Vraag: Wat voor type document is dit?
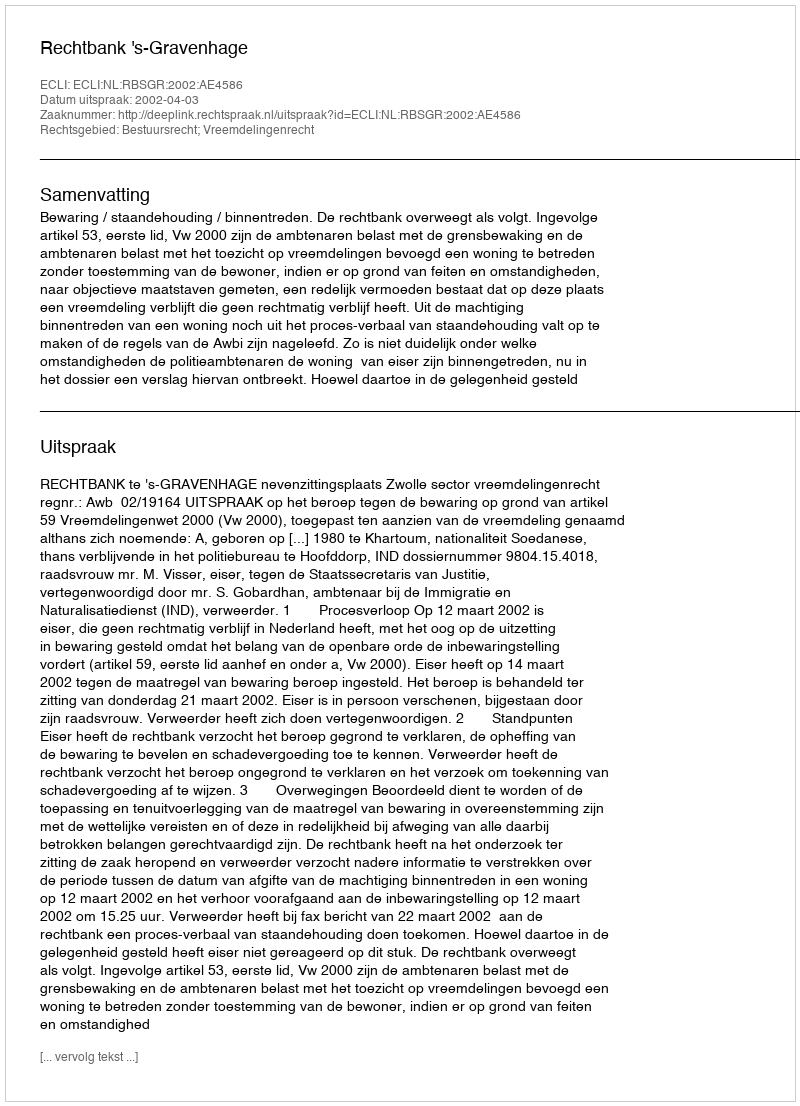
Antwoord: Uitspraak